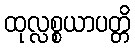
ထုလ္လစ္စယာပတ္တိ